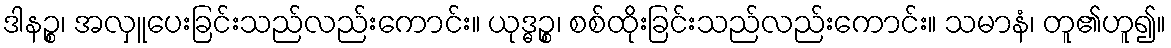
ဒါနဉ္စ၊ အလှူပေးခြင်းသည်လည်းကောင်း။ ယုဒ္ဓဉ္စ၊ စစ်ထိုးခြင်းသည်လည်းကောင်း။ သမာနံ၊ တူ၏ဟူ၍။